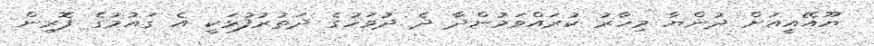
ޔޫއޭއީއަށް ދުންޔާ މިހާރު ކުރައްވަމުންދާ ދެ ދުވަހުގެ ދަތުރުފުޅަކީ އެ ގައުމުގެ ފޮރިން